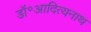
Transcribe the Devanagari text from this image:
डॉ॰आदित्यनाथ